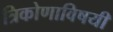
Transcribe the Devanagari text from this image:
त्रिकोणाविषयी